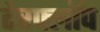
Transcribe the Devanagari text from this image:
टेरफ्लॉप